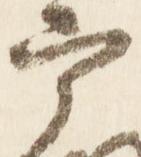
宰